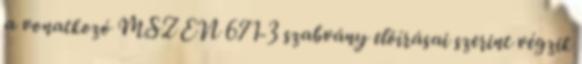
a vonatkozó MSZ EN 671-3 szabvány elõírásai szerint végzik